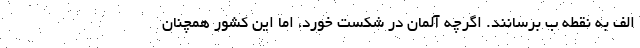
الف به نقطه ب برسانند. اگرچه آلمان در شکست خورد، اما این کشور همچنان